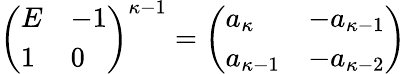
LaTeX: \begin{array}{r}{\left(\begin{array}{ll}{E}&{-1}\\ {1}&{0}\end{array}\right)^{\kappa-1}=\left(\begin{array}{ll}{a_{\kappa}}&{-a_{\kappa-1}}\\ {a_{\kappa-1}}&{-a_{\kappa-2}}\end{array}\right)}\end{array}